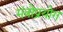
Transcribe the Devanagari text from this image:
मंत्रोप्रयोग